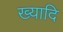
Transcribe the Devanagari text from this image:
ख्यादि